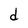
Character: d